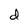
Character: d